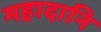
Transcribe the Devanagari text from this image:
महादानि